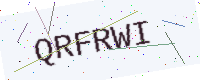
Text: QRFRWI